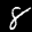
Label: 8